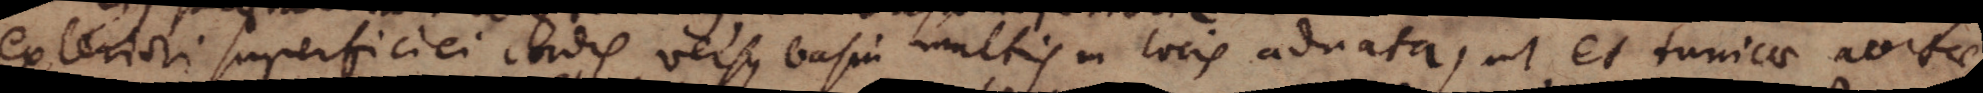
exteriori superficiei cordis versus basin multis in locis adnata, ut et tunicae aortae,